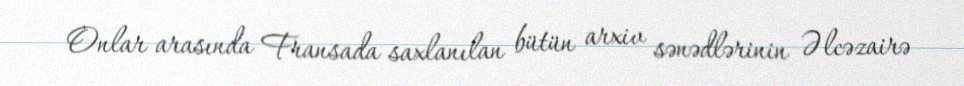
Onlar arasında Fransada saxlanılan bütün arxiv sənədlərinin Əlcəzairə